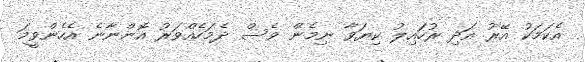
އެކަމަކު އޭރު އަދި ރުހައިލު ކިޔަވާ ނިމެން ވެސް ދެމަހެއްވަރު އޮންނާނެ އެހެންވީމަ